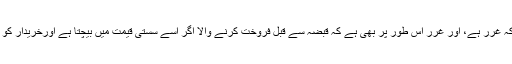
اورجب تک انسان کے قبضہ میں مال نہیں آجاتا اس وقت تک اس کی حقیقت مجہول ہی کے حکم میں ہے جوکہ غرر ہے، اور غرر اس طور پر بھی ہے کہ قبضہ سے قبل فروخت کرنے والا اگر اُسے سستی قیمت میں بیچتا ہے اورخریدار کو وہ چیز حاصل ہوجاتی ہے تو وہ فائدہ مند ہوگاوگرنہ نقصان میں، اور فائدہ و نقصان کے درمیان یہی غررہے۔